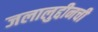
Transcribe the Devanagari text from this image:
जलालुद्दीनची